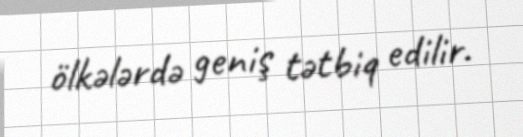
ölkələrdə geniş tətbiq edilir.